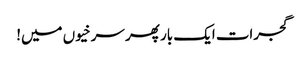
گجرات ایک بار پھر سرخیوں میں!